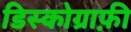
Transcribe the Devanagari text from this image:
डिस्कोग्राफ़ी